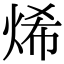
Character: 烯